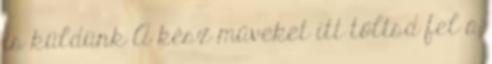
is küldünk A kész műveket itt töltsd fel a